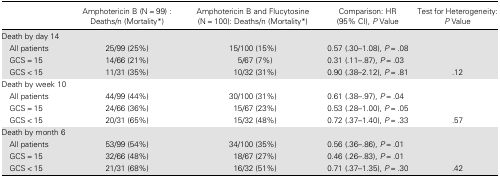
<table><thead><tr><td>[EMPTY_CELL]</td><td><b>Amphotericin B (N = 99) : Deaths/n (Mortality*)</b></td><td><b>Amphotericin B and Flucytosine (N = 100): Deaths/n (Mortality*)</b></td><td><b>Comparison: HR (95% CI), <i>P</i> Value</b></td><td><b>Test for Heterogeneity: <i>P</i> Value</b></td></tr></thead><tbody><tr><td>Death by day 14</td><td>[EMPTY_CELL]</td><td>[EMPTY_CELL]</td><td>[EMPTY_CELL]</td><td>[EMPTY_CELL]</td></tr><tr><td> All patients</td><td>25/99 (25%)</td><td>15/100 (15%)</td><td>0.57 (.30–1.08), <i>P</i> = .08</td><td>[EMPTY_CELL]</td></tr><tr><td> GCS = 15</td><td>14/66 (21%)</td><td>5/67 (7%)</td><td>0.31 (.11–.87), <i>P</i> = .03</td><td>[EMPTY_CELL]</td></tr><tr><td> GCS &lt; 15</td><td>11/31 (35%)</td><td>10/32 (31%)</td><td>0.90 (.38–2.12), <i>P</i> = .81</td><td>.12</td></tr><tr><td>Death by week 10</td><td>[EMPTY_CELL]</td><td>[EMPTY_CELL]</td><td>[EMPTY_CELL]</td><td>[EMPTY_CELL]</td></tr><tr><td> All patients</td><td>44/99 (44%)</td><td>30/100 (31%)</td><td>0.61 (.38–.97), <i>P</i> = .04</td><td>[EMPTY_CELL]</td></tr><tr><td> GCS = 15</td><td>24/66 (36%)</td><td>15/67 (23%)</td><td>0.53 (.28–1.00), <i>P</i> = .05</td><td>[EMPTY_CELL]</td></tr><tr><td> GCS &lt; 15</td><td>20/31 (65%)</td><td>15/32 (48%)</td><td>0.72 (.37–1.40), <i>P</i> = .33</td><td>.57</td></tr><tr><td>Death by month 6</td><td>[EMPTY_CELL]</td><td>[EMPTY_CELL]</td><td>[EMPTY_CELL]</td><td>[EMPTY_CELL]</td></tr><tr><td> All patients</td><td>53/99 (54%)</td><td>34/100 (35%)</td><td>0.56 (.36–.86), <i>P</i> = .01</td><td>[EMPTY_CELL]</td></tr><tr><td> GCS = 15</td><td>32/66 (48%)</td><td>18/67 (27%)</td><td>0.46 (.26–.83), <i>P</i> = .01</td><td>[EMPTY_CELL]</td></tr><tr><td> GCS &lt; 15</td><td>21/31 (68%)</td><td>16/32 (51%)</td><td>0.71 (.37–1.35), <i>P</i> = .30</td><td>.42</td></tr></tbody></table>